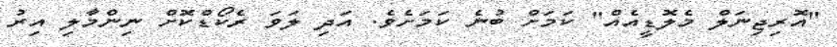
"އޮރިޖިނަލް މެލޮޑީއެއް" ކަމަށް ބުނެ ކަމަށެވެ. އަދި ލަވަ ރެކޯޑްކޮށް ނިންމާލި އިރު